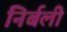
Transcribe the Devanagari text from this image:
निर्बली